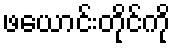
ဖယောင်းတိုင်ကို